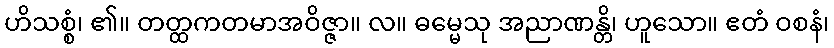
ဟိသစ္စံ၊ ၏။ တတ္ထကတမာအဝိဇ္ဇာ။ လ။ ဓမ္မေသု အညာဏန္တိ၊ ဟူသော။ ဧတံ ဝစနံ၊